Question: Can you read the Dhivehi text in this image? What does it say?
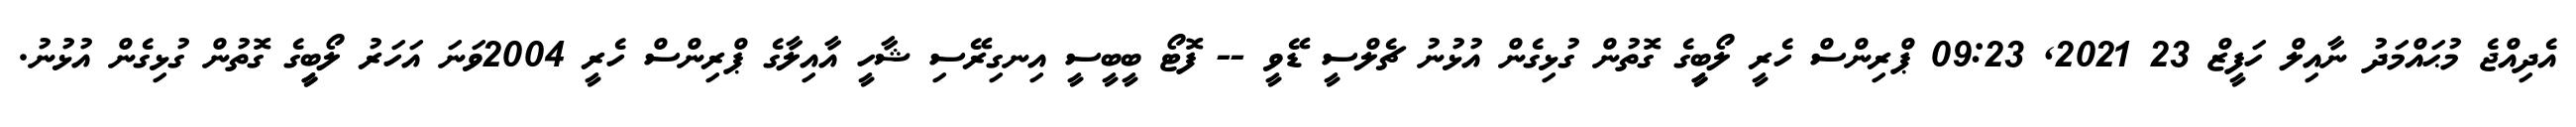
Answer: އެދިއްޖެ މުޙައްމަދު ނާއިލް ހަފީޒް 23 2021, 09:23 ޕްރިންސް ހެރީ ލޯބީީގެ ގޮތުން ގުޅިގެން އުޅުނު ޗެލްސީ ޑޭވީ -- ފޮޓޯ ބީބީސީ އިނގިރޭސި ޝާހީ އާއިލާގެ ޕްރިންސް ހެރީ 2004ވަނަ އަހަރު ލޯބީީގެ ގޮތުން ގުޅިގެން އުޅުނު.